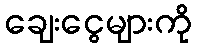
ချေးငွေများကို